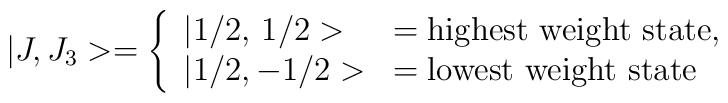
|J, J_3> = \left\{\begin{array}{ll}|1/2,\, 1/2> & = {\mbox{highest weight state}}, \\|1/2,-1/2>  & = {\mbox{lowest weight state}}\end{array}\right.